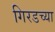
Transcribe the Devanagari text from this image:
गिरडच्या